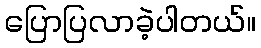
ပြောပြလာခဲ့ပါတယ်။